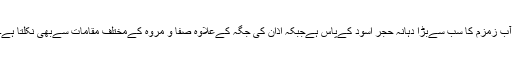
آب زمزم کا سب سےبڑا دہانہ حجر اسود کےپاس ہےجبکہ اذان کی جگہ کےعلاوہ صفا و مروہ کےمختلف مقامات سےبھی نکلتا ہے۔